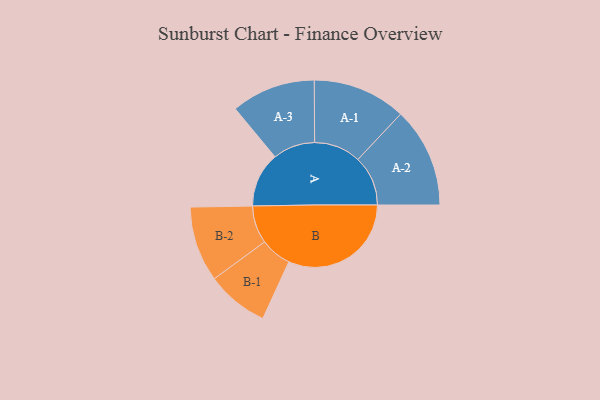
{"axis": {"x": "Segment", "y": "Value"}, "legend": ["", "A", "B"], "data": [{"x": "A", "y": 215, "type": ""}, {"x": "B", "y": 481, "type": ""}, {"x": "A-1", "y": 183, "type": "A"}, {"x": "A-2", "y": 196, "type": "A"}, {"x": "A-3", "y": 165, "type": "A"}, {"x": "B-1", "y": 122, "type": "B"}, {"x": "B-2", "y": 148, "type": "B"}]}